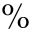
\%